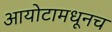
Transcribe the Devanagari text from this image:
आयोटामधूनच